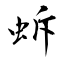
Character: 蚸